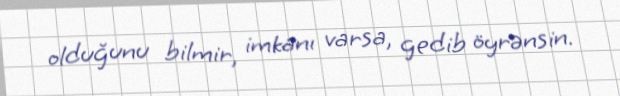
olduğunu bilmir, imkanı varsa, gedib öyrənsin.